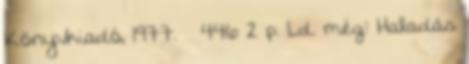
Könyvkiadó, 1977. – 446 2 p. Ld. még: Haladás